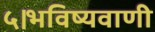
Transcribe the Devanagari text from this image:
५।भविष्यवाणी